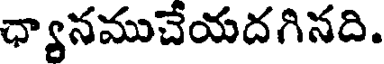
ధ్యానముచేయదగినది.